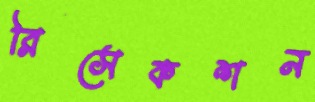
রিসেকশন